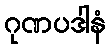
ဂုဏပဒါနံ